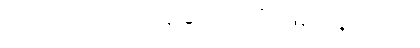
သတို့သားက သူနှင့်အသိ ဖြစ်နေသည်။